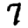
Digit: 7